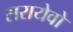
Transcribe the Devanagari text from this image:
सरायेवो